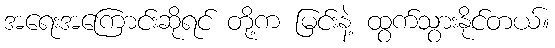
အရေးအကြောင်းဆိုရင် တို့က မြင်းနဲ့ ထွက်သွားနိုင်တယ်။